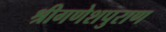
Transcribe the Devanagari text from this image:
श्रीगणेशपुराण